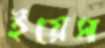
ইয়েস